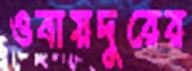
ওবায়দুরের